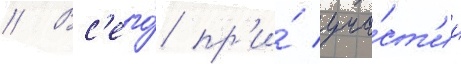
// Вс'его́ пр'и́ уча́ст'ии